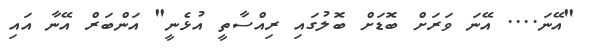
"އޭނަ.... އޭނަ ވަރަށް ބޮޑަށް ބޮލުގައި ރިއްސާތީ އުޅެނީ" އަންބަރް އޭނާ އައި